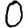
Digit: 0